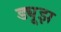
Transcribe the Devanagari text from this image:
ड्यूझ